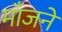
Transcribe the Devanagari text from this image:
माँजने